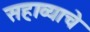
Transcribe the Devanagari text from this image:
सहाव्याचे